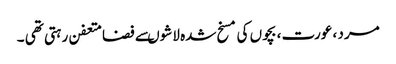
مرد ، عورت ، بچوں کی مسخ شدہ لاشوںسے فضامتعفن رہتی تھی ۔